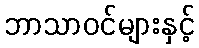
ဘာသာဝင်များနှင့်